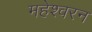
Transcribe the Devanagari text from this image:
महेश्वरन